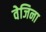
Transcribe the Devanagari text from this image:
वेजिना